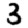
Digit: 3